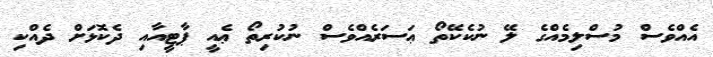
އެއްވެސް މުސްލިމެއްގެ ލޭ ނުކެކޭތޯ ޢަސަރެއްވެސް ނުކުރިތޯ ޢެއީ ޕާޓީއާއި ދެކޮޅަށް ދެއްކި